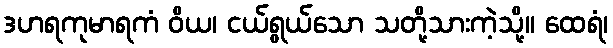
ဒဟရကုမာရကံ ဝိယ၊ ငယ်ရွယ်သော သတို့သားကဲ့သို့။ ထေရံ၊